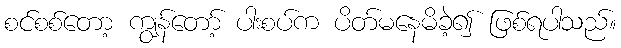
စင်စစ်တော့ ကျွန်တော့် ပါးစပ်က ပိတ်မနေမိခဲ့၍ ဖြစ်ရပါသည်။